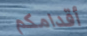
أقدامكم